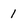
Character: 1